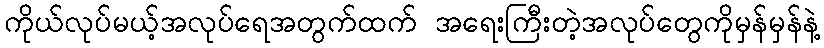
ကိုယ်လုပ်မယ့်အလုပ်ရေအတွက်ထက် အရေးကြီးတဲ့အလုပ်တွေကိုမှန်မှန်နဲ့